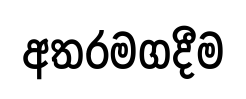
අතරමගදීම